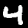
Digit: 4